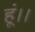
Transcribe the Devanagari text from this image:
हूं।।